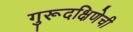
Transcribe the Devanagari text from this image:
गुरूदक्षिणेची